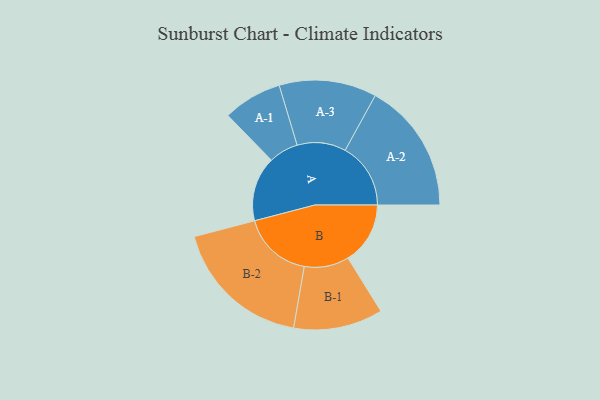
{"axis": {"x": "Segment", "y": "Value"}, "legend": ["", "A", "B"], "data": [{"x": "A", "y": 239, "type": ""}, {"x": "B", "y": 230, "type": ""}, {"x": "A-1", "y": 109, "type": "A"}, {"x": "A-2", "y": 242, "type": "A"}, {"x": "A-3", "y": 180, "type": "A"}, {"x": "B-1", "y": 165, "type": "B"}, {"x": "B-2", "y": 259, "type": "B"}]}